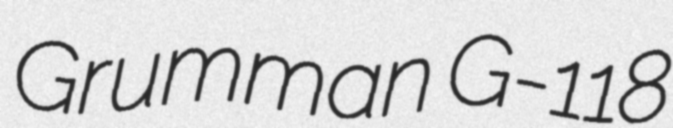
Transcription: Grumman G-118